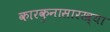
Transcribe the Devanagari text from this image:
कारकुनासारख्या